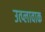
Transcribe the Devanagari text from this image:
उत्प्लावाक